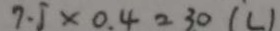
7 . 5 \times 0 . 4 = 3 0 ( L )